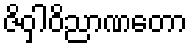
ဇိဝှါဝိညာဏတော